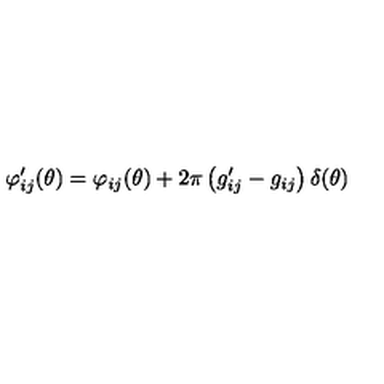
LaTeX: \varphi _ { i j } ^ { \prime } ( \theta ) = \varphi _ { i j } ( \theta ) + 2 \pi \left( g _ { i j } ^ { \prime } - g _ { i j } \right) \delta ( \theta )